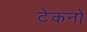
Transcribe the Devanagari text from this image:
टेकनो